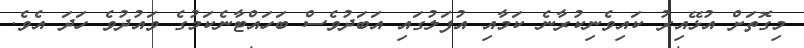
މިގޮތަށް އުޅޭއިރު ކައިވެނިކުރާނެ ކަމާއި އުފަލުގައި އަބަދުވެސް ބަހައްޓާނެކަމުގެ ވައުދުވެ ހަދަ އެވެ.